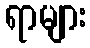
ရာများ